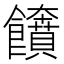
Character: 𩟲